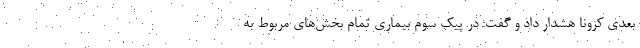
بعدی کرونا هشدار داد و گفت: در پیک سوم بیماری تمام بخش‌های مربوط به